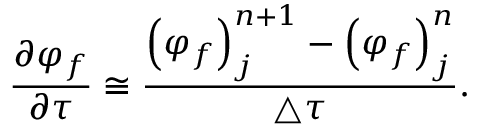
\frac { \partial \varphi _ { f } } { \partial \tau } \cong \frac { { \left( \varphi _ { f } \right) } _ { j } ^ { n + 1 } - { \left( \varphi _ { f } \right) } _ { j } ^ { n } } { \triangle \tau } .